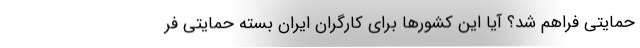
حمايتي فراهم شد؟ آيا اين كشورها براي كارگران ايران بسته حمايتي فر